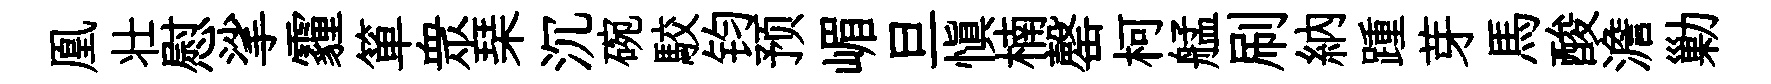
凰壮慰挲霾箪衆琹沉碗駮钧预嵋旦愼楠罄柯艋刷納踵芽馬酸澹勦